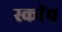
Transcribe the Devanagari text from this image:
स्काॅच